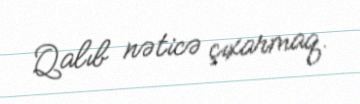
Qalıb nəticə çıxarmaq.